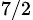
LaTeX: _{7/2}